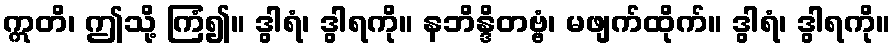
ဣတိ၊ ဤသို့ ကြံ၍။ ဒွါရံ၊ ဒွါရကို။ နဘိန္ဒိတဗ္ဗံ၊ မဖျက်ထိုက်။ ဒွါရံ၊ ဒွါရကို။